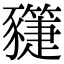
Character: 𧲌